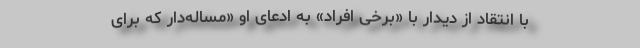
با انتقاد از دیدار با «برخی افراد» به ادعای او «مساله‌دار که برای